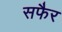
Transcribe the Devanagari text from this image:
सफैर